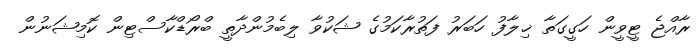
ރާއްޖެ ޓީވީން ހަގީގަތާ ޚިލާފު ހަބަރު ފަތުރާކަމުގެ ޝަކުވާ ލިބެމުންދާތީ ބްރޯޑްކާސްޓިން ކޮމިޝަނުން